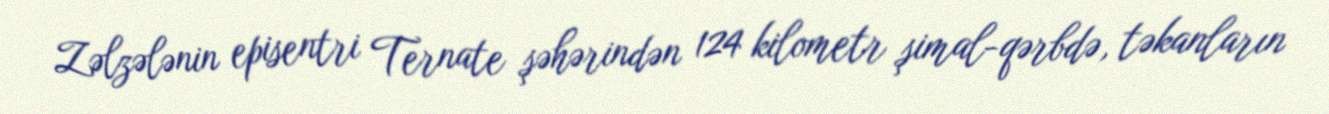
Zəlzələnin episentri Ternate şəhərindən 124 kilometr şimal-qərbdə, təkanların